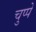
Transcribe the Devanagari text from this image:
चुप्पे